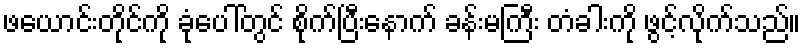
ဖယောင်းတိုင်ကို ခုံပေါ်တွင် စိုက်ပြီးနောက် ခန်းမကြီး တံခါးကို ဖွင့်လိုက်သည်။